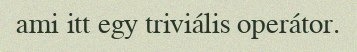
ami itt egy triviális operátor.